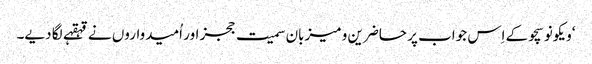
‘ویکونوسچو کے اِس جواب پر حاضرین و میزبان سمیت ججز اور اُمیدواروں نے قہقہے لگا دیے۔